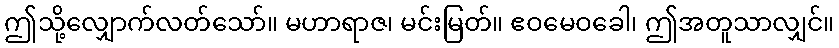
ဤသို့လျှောက်လတ်သော်။ မဟာရာဇ၊ မင်းမြတ်။ ဧဝမေဝခေါ၊ ဤအတူသာလျှင်။